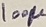
Text: 100µ